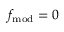
f _ { \mathrm { m o d } } = 0